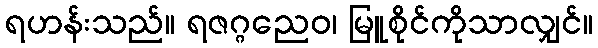
ရဟန်းသည်။ ရဇဂ္ဂညေဝ၊ မြူစိုင်ကိုသာလျှင်။